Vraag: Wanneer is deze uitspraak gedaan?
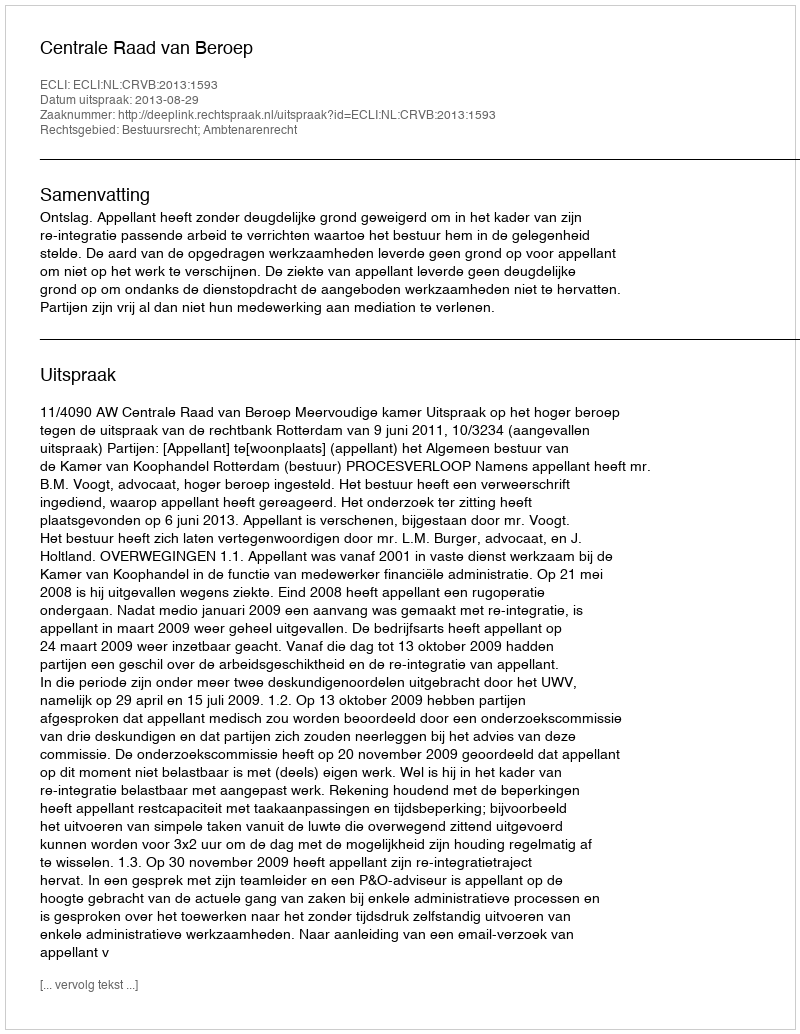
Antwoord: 2013-08-29